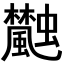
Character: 𩙐